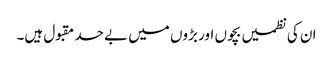
ان کی نظمیں بچوں اور بڑوں میں بے حد مقبول ہیں۔